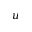
\boldsymbol { u }